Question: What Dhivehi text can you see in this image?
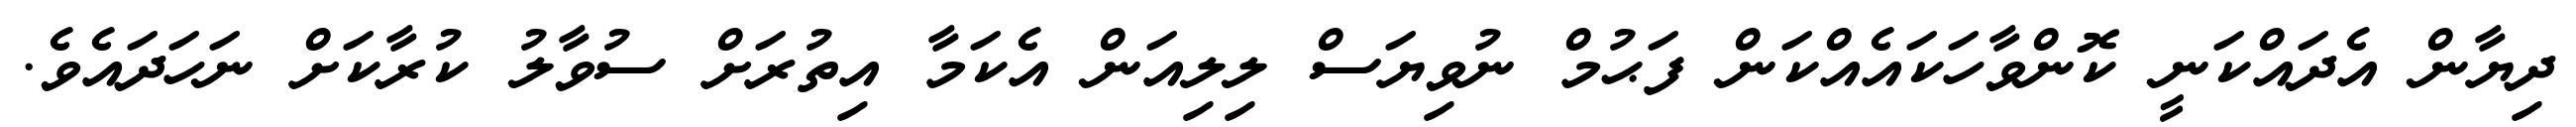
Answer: ދިޔާން އެދައްކަނީ ކޮންވާހަކައެއްކަން ފަޙުމް ނުވިޔަސް ލިލިއަން އެކަމާ އިތުރަށް ސުވާލު ކުރާކަށް ނަހަދައެވެ.